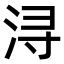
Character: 浔